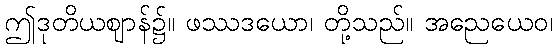
ဤဒုတိယဈာန်၌။ ဖဿဒယော၊ တို့သည်။ အညေယေဝ၊